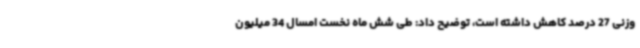
وزنی 27 درصد کاهش داشته است، توضیح داد: طی شش ماه نخست امسال 34 میلیون